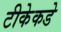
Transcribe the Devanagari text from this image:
टीकेकडे